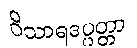
ဝိသာရဒပ္ပတ္တာ